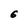
Character: 6